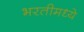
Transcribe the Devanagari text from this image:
भरतीमध्ये